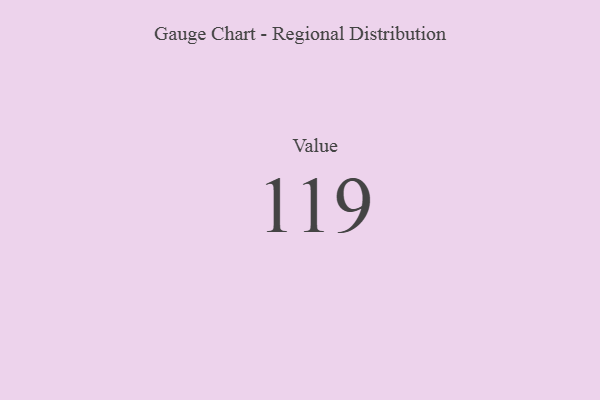
{"axis": {"x": "Metric", "y": "Value"}, "legend": [""], "data": [{"x": "Value", "y": 119, "type": ""}]}